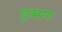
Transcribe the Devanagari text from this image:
हमण